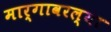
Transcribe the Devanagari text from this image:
मार्गावरल्या